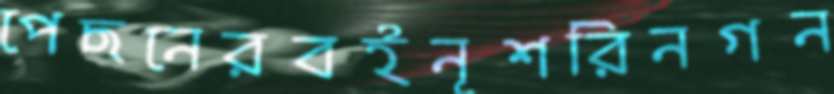
পেছনেরবইনূশরিনগন